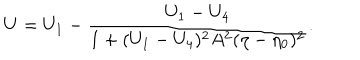
U = U _ { 1 } - \frac { U _ { 1 } - U _ { 4 } } { 1 + ( U _ { 1 } - U _ { 4 } ) ^ { 2 } A ^ { 2 } ( \eta - \eta _ { 0 } ) ^ { 2 } } .